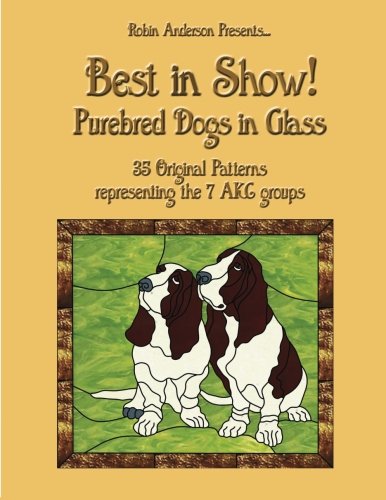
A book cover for Best in Show!: Purebed Dogs in Glass; Robin Anderson; Crafts, Hobbies & Home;